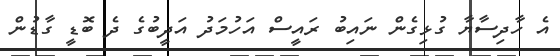
އެ ހާދިސާޔާ ގުޅިގެން ނައިބު ރައީސް އަހުމަދު އަދީބުގެ ދެ ބޮޑީ ގާޑުން